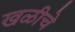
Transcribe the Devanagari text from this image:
खळीचे